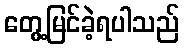
တွေ့မြင်ခဲ့ရပါသည်